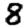
Digit: 8